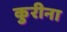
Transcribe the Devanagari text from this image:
कुरीना